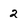
Character: 2